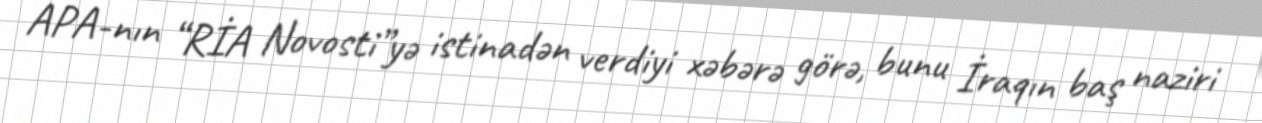
APA-nın “RİA Novosti”yə istinadən verdiyi xəbərə görə, bunu İraqın baş naziri